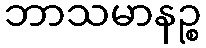
ဘာသမာနဉ္စ